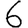
Digit: 6